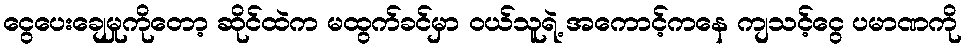
ငွေပေးချေမှုကိုတော့ ဆိုင်ထဲက မထွက်ခင်မှာ ဝယ်သူရဲ့ အကောင့်ကနေ ကျသင့်ငွေ ပမာဏကို